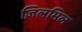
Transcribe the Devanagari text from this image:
ज़िलमिल